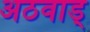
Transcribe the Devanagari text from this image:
अठवाड्